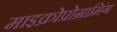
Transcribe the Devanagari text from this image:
माइक्रोप्रोग्रामिंग